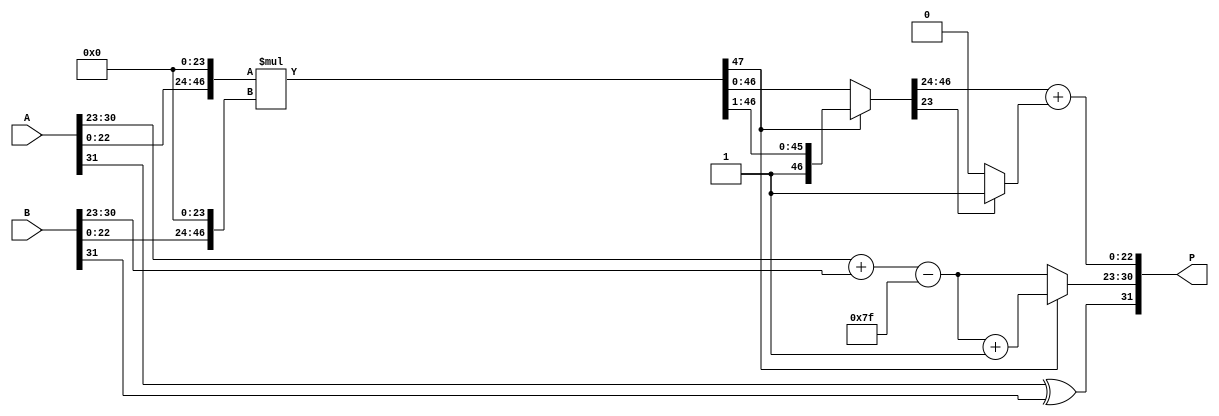
module radix4_fp_multiplier (
    input  wire [31:0] A, // First floating-point number
    input  wire [31:0] B, // Second floating-point number
    output reg  [31:0] P  // Product of A and B
);

    // Constants
    localparam BIAS = 8'd127;

    // Extract fields from A
    wire S_A = A[31]; // Sign bit of A
    wire [7:0] E_A = A[30:23]; // Exponent of A
    wire [22:0] M_A = {1'b1, A[22:0]}; // Significand of A (implicit leading 1)

    // Extract fields from B
    wire S_B = B[31]; // Sign bit of B
    wire [7:0] E_B = B[30:23]; // Exponent of B
    wire [22:0] M_B = {1'b1, B[22:0]}; // Significand of B (implicit leading 1)

    // Sign calculation
    wire S_P = S_A ^ S_B; // Sign of the product

    // Exponent calculation
    wire [8:0] E_P_raw = E_A + E_B - BIAS; // Raw exponent
    wire [7:0] E_P = E_P_raw[7:0]; // Final exponent (8 bits)

    // Significand multiplication (Radix-4)
    wire [47:0] M_A_ext = {M_A, 24'b0}; // Extend M_A to 48 bits
    wire [47:0] M_B_ext = {M_B, 24'b0}; // Extend M_B to 48 bits
    wire [47:0] M_P_raw = M_A_ext * M_B_ext; // Raw significand product

    // Normalization
    reg [47:0] M_P;
    reg [7:0] E_P_norm;
    always @(*) begin
        if (M_P_raw[47]) begin
            M_P = M_P_raw >> 1; // Shift right if MSB is 1
            E_P_norm = E_P + 1; // Increment exponent
        end else begin
            M_P = M_P_raw; // No shift needed
            E_P_norm = E_P; // Keep exponent
        end
    end

    // Rounding (simple rounding)
    wire [22:0] M_P_rounded = M_P[46:24] + (M_P[23] ? 1 : 0); // Round to nearest even
    wire [22:0] M_P_final = M_P_rounded[23] ? M_P_rounded[22:0] : M_P_rounded[22:0]; // Handle overflow

    // Output formatting
    always @(*) begin
        P[31] = S_P; // Sign bit
        P[30:23] = E_P_norm; // Exponent
        P[22:0] = M_P_final; // Significand
    end

endmodule